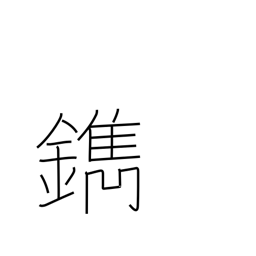
Meaning: engrave